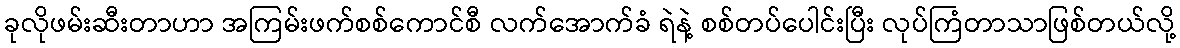
ခုလိုဖမ်းဆီးတာဟာ အကြမ်းဖက်စစ်ကောင်စီ လက်အောက်ခံ ရဲနဲ့ စစ်တပ်ပေါင်းပြီး လုပ်ကြံတာသာဖြစ်တယ်လို့